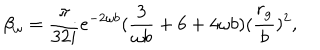
LaTeX: \beta _ { \omega } = \frac { \pi } { 3 2 i } e ^ { - 2 \omega b } ( \frac { 3 } { \omega b } + 6 + 4 \omega b ) ( \frac { r _ { g } } { b } ) ^ { 2 } ,